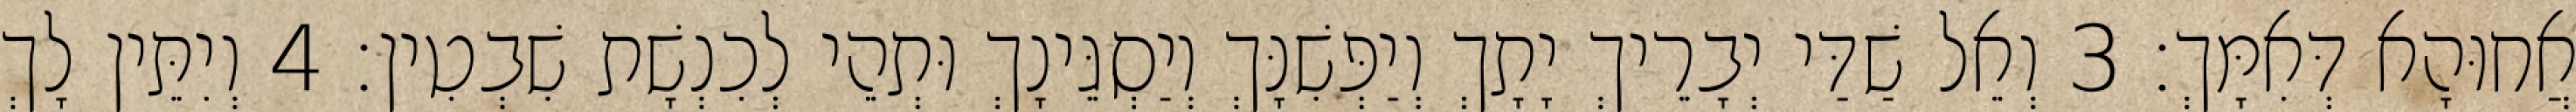
אֲחוּהָא דְּאִמָּךְ׃ 3 וְאֵל שַׁדַּי יְבָרֵיךְ יָתָךְ וְיַפְּשִׁנָּךְ וְיַסְגֵּינָךְ וּתְהֵי לְכִנְשָׁת שִׁבְטִין׃ 4 וְיִתֵּין לָךְ